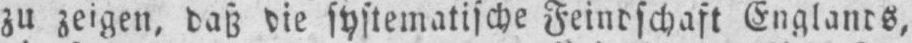
zu zeigen, daß die systematische Feindschaft Englands,